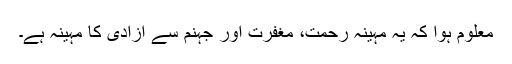
معلوم ہوا کہ یہ مہینہ رحمت، مغفرت اور جہنم سے آزادی کا مہینہ ہے۔